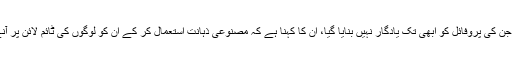
لیکن ایسے صارف جن کی پروفائل کو ابھی تک یادگار نہیں بنایا گیا، ان کا کہنا ہے کہ مصنوعی ذہانت استعمال کر کے ان کو لوگوں کی ٹائم لائن پر آنے سے روکیں گے۔